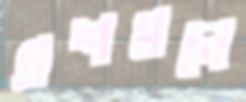
প্রশমনে